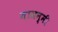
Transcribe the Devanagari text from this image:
याजन्मी